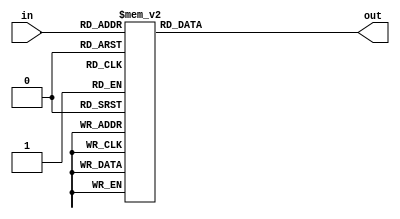
module hex (
	input [3:0] in,
	output reg [6:0] out
);

/*
 *                              A
 *                           *******
 *                         *         *
 *                       F *         * B
 *                         *    G    *
 *                           *******
 *                         *         *
 *                       E *         * C
 *                         *    D    *
 *                           *******
 * 
 * 1 means light
 * It should be inverted (~) on assgin!
 * |-----|||-----|-----|-----|-----|-----|-----|-----|||-----|
 * | DIG |||  G  |  F  |  E  |  D  |  C  |  B  |  A  ||| VAL |
 * |-----|||-----|-----|-----|-----|-----|-----|-----|||-----|
 * |  0  |||  0  |  1  |  1  |  1  |  1  |  1  |  1  ||| 3F  | 
 * |  1  |||  0  |  0  |  0  |  0  |  1  |  1  |  0  ||| 06  | 
 * |  2  |||  1  |  0  |  1  |  1  |  0  |  0  |  0  ||| 58  | 
 * |  3  |||  1  |  0  |  0  |  1  |  1  |  1  |  1  ||| 4F  |
 * |  4  |||  1  |  1  |  0  |  0  |  1  |  1  |  0  ||| 66  |
 * |  5  |||  1  |  1  |  0  |  1  |  1  |  0  |  1  ||| 6D  |
 * |  6  |||  1  |  1  |  1  |  1  |  1  |  0  |  1  ||| 7D  |
 * |  7  |||  0  |  0  |  0  |  0  |  1  |  1  |  1  ||| 07  |
 * |  8  |||  1  |  1  |  1  |  1  |  1  |  1  |  1  ||| 7F  |
 * |  9  |||  1  |  0  |  1  |  1  |  1  |  1  |  1  ||| 6F  |
 * |  A  |||  1  |  1  |  1  |  0  |  1  |  1  |  1  ||| 77  |
 * |  b  |||  1  |  1  |  1  |  1  |  1  |  0  |  0  ||| 7C  | 
 * |  C  |||  0  |  1  |  1  |  1  |  0  |  0  |  1  ||| 39  | 
 * |  d  |||  1  |  0  |  1  |  1  |  1  |  1  |  0  ||| 5E  | 
 * |  E  |||  1  |  1  |  1  |  1  |  0  |  0  |  1  ||| 79  |
 * |  F  |||  1  |  1  |  1  |  0  |  0  |  0  |  1  ||| 71  |
 * |-----|||-----|-----|-----|-----|-----|-----|-----|||-----|
 *
 */

	always @(*) begin
        case (in)
            4'b0000: out = ~7'h3F; // 7seg is active in logic zero 
            4'b0001: out = ~7'h06;  
            4'b0010: out = ~7'h5B;  
            4'b0011: out = ~7'h4F;
            4'b0100: out = ~7'h66;
            4'b0101: out = ~7'h6D;
            4'b0110: out = ~7'h7D;
            4'b0111: out = ~7'h07;
            4'b1000: out = ~7'h7F;
            4'b1001: out = ~7'h6F;
            4'b1010: out = ~7'h77;
            4'b1011: out = ~7'h7C;
            4'b1100: out = ~7'h39;
            4'b1101: out = ~7'h5E;
            4'b1110: out = ~7'h79;
            4'b1111: out = ~7'h71;
        endcase
	end
	
endmodule